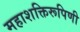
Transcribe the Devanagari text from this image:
महाशक्तिरूपिणी